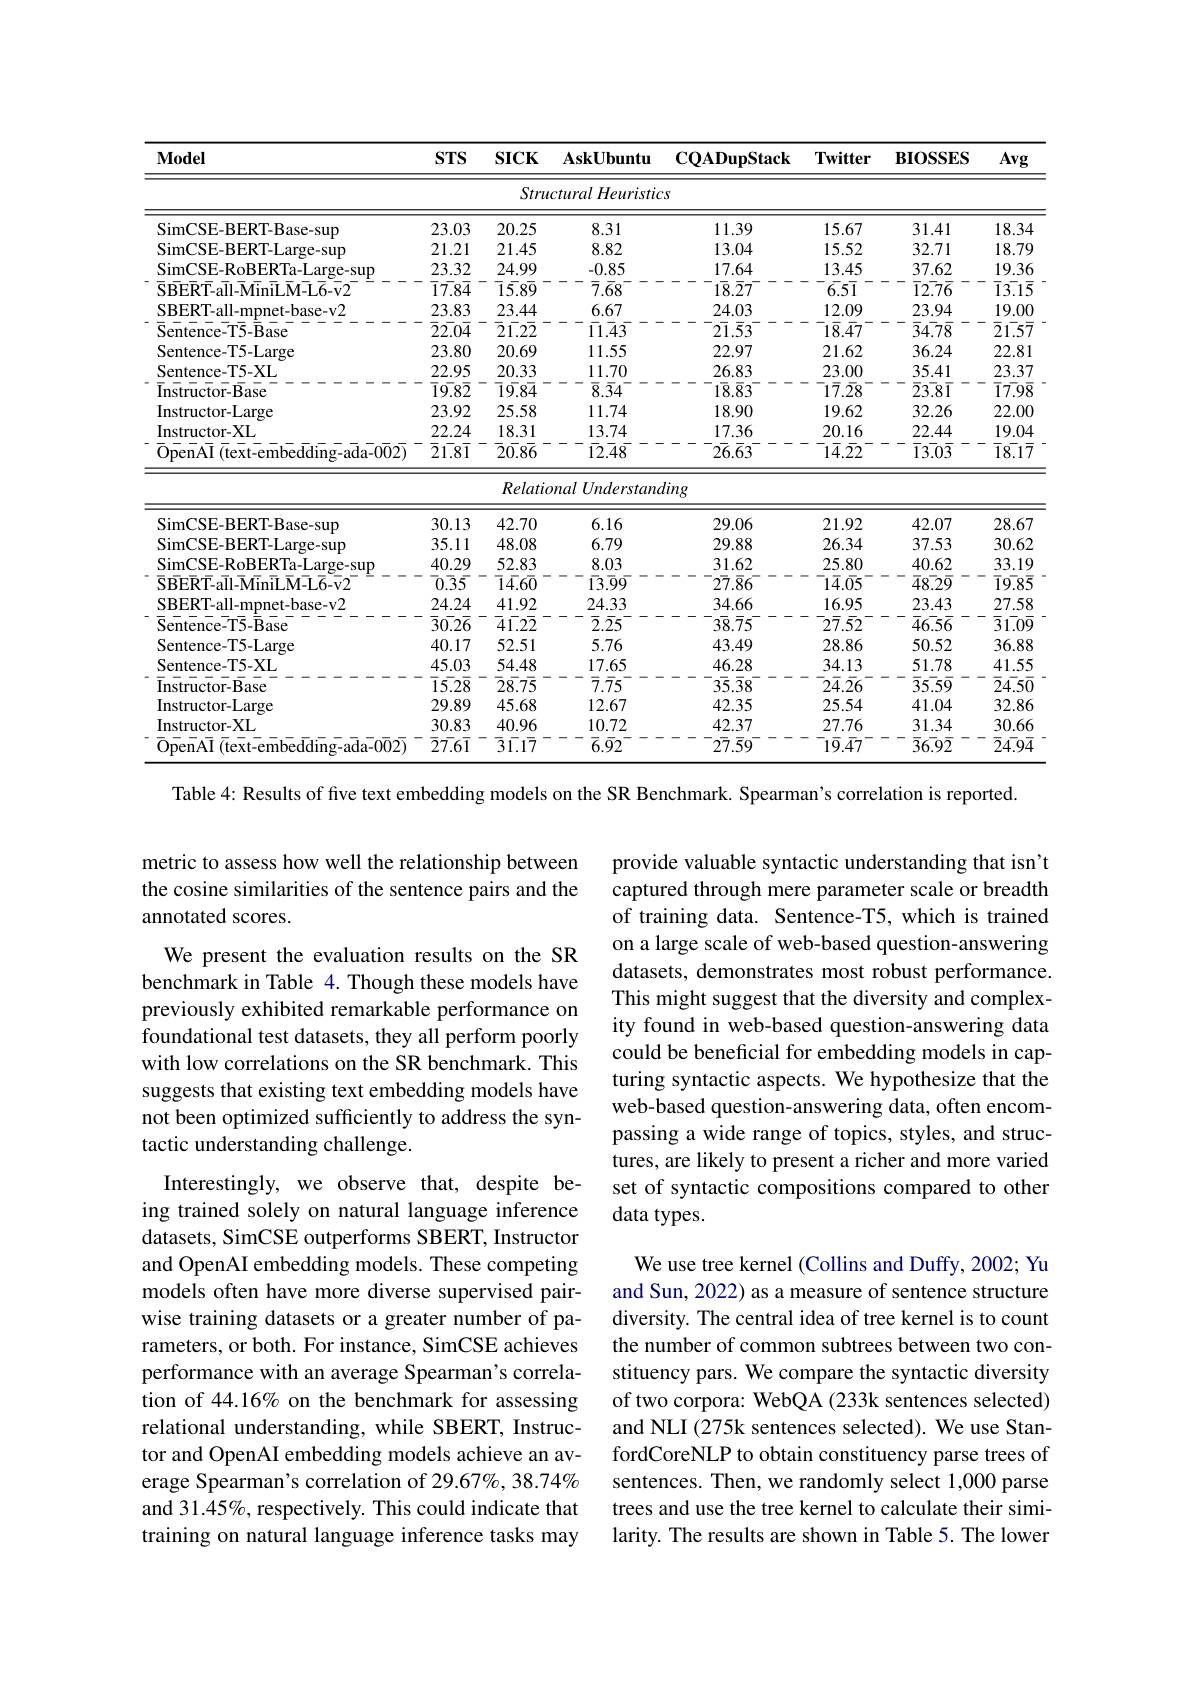
<table>
	<tbody>
		<tr>
			<th>$\mathbf{Model}$</th>
			<th>$STS$</th>
			<th>$SICK$</th>
			<th>$\mathbf{AskUbuntu}$</th>
			<th>$\mathbf{CQADupStack}$</th>
			<th>$\mathbf{Twitter}$</th>
			<th>$\mathbf{BIOSSES}$</th>
			<th>Avg</th>
		</tr>
		<tr>
			<td> </td>
			<td> </td>
			<td>Stru</td>
			<td>cturalHeuristic</td>
			<td>$S$</td>
			<td> </td>
			<td> </td>
			<td> </td>
		</tr>
		<tr>
			<td>SimCSE-BERT-Base-sup</td>
			<td>23.03</td>
			<td>20.25</td>
			<td>8.31</td>
			<td>11.39</td>
			<td>15.67</td>
			<td>31.41</td>
			<td>18.34</td>
		</tr>
		<tr>
			<td>SimCSE-BERT-Large-sup</td>
			<td>21.21</td>
			<td>21.45</td>
			<td>8.82</td>
			<td>13.04</td>
			<td>15.52</td>
			<td>32.71</td>
			<td>18.79</td>
		</tr>
		<tr>
			<td>SimCSE-RoBERTa-Large-sup</td>
			<td>23.32</td>
			<td>24.99</td>
			<td>-0.85</td>
			<td>17.64</td>
			<td>13.45</td>
			<td>37.62</td>
			<td>19.36</td>
		</tr>
		<tr>
			<td>$\bar{\mathrm{S}}\bar{\mathrm{BER}}\bar{\mathrm{T-all-MiniL}}\bar{\mathrm{M-L}}\bar{\mathrm{6-v2}}$</td>
			<td>$\bar{17}\bar{84}$</td>
			<td>$\bar{1}\bar{5}.8\overline{9}$</td>
			<td>$\bar{7}.\bar{6}8$</td>
			<td>$1\overline{8}.\overline{2}7$</td>
			<td>$\bar{6.51}$</td>
			<td>$\bar{1}2\bar{7}\bar{6}$</td>
			<td>$\bar{1}\bar{3.15}$</td>
		</tr>
		<tr>
			<td>SBERT-all-mpnet-base-v2</td>
			<td>23.83</td>
			<td>23.44</td>
			<td>6.67</td>
			<td>24.03</td>
			<td>12.09</td>
			<td>23.94</td>
			<td>19.00</td>
		</tr>
		<tr>
			<td>$\bar{\mathrm{Sentence-T5-\bar{B}ase}}$</td>
			<td>$\bar{2}\bar{2}\bar{.04}$</td>
			<td>$\bar{2}\bar{1}.2\bar{2}$</td>
			<td>$\bar{11}.\bar{4}\bar{3}$</td>
			<td>$2\overline{1}.\overline{5}\bar{3}$</td>
			<td>$1\bar{8}.\bar{4}7$</td>
			<td>$\bar{3}4.\bar{78}$</td>
			<td>$\bar{2}\bar{1.57}$</td>
		</tr>
		<tr>
			<td>Sentence- T5- Large</td>
			<td>23.80</td>
			<td>20.69</td>
			<td>11.55</td>
			<td>22.97</td>
			<td>21.62</td>
			<td>36.24</td>
			<td>22.81</td>
		</tr>
		<tr>
			<td>Sentence-T5-XL</td>
			<td>22.95</td>
			<td>20.33</td>
			<td>11.70</td>
			<td>26.83</td>
			<td>23.00</td>
			<td>35.41</td>
			<td>23.37</td>
		</tr>
		<tr>
			<td>$\bar{\mathrm{In}}\bar{\mathrm{structor-Base}}$</td>
			<td>$\bar{19}\bar{82}$</td>
			<td>$\bar{1}\bar{9}.8\overline{4}$</td>
			<td>$\overline{8}.\overline{3}4$</td>
			<td>$1\overline{8}.\overline{8}\bar{3}$</td>
			<td>$1\bar{7}.\bar{2}8$</td>
			<td>$\bar{2}\bar{3.8}\bar{1}$</td>
			<td>$\bar{17}\bar{98}$</td>
		</tr>
		<tr>
			<td>Instructor-Large</td>
			<td>23.92</td>
			<td>25.58</td>
			<td>11.74</td>
			<td>18.90</td>
			<td>19.62</td>
			<td>32.26</td>
			<td>22.00</td>
		</tr>
		<tr>
			<td>Instructor-XL</td>
			<td>22.24</td>
			<td>18.31</td>
			<td>13.74</td>
			<td>17.36</td>
			<td>20.16</td>
			<td>22.44</td>
			<td>19.04</td>
		</tr>
		<tr>
			<td>$\bar{\mathrm{\bar{O}penA\bar{I}}}\left(\bar{\mathrm{text-embed\bar{d}i\bar{n}g-a\overline{d}a-0\bar{0}}2}\right)$</td>
			<td>$\bar{2}\bar{1.81}$</td>
			<td>$\bar{2}\bar{0}.8\bar{6}$</td>
			<td>$1\overline{2}.\overline{4}\bar{8}$</td>
			<td>$2\bar{6}.\bar{6}\bar{3}^-$</td>
			<td>$\bar{14}.\bar{2}2$</td>
			<td>$\overline{1}\bar{3}\bar{0}\bar{3}$</td>
			<td>$\bar{1}\bar{8}.1\bar{7}$</td>
		</tr>
		<tr>
			<td> </td>
			<td> </td>
			<td>Relatia</td>
			<td>nalUnderstana</td>
			<td>'ing</td>
			<td> </td>
			<td> </td>
			<td> </td>
		</tr>
		<tr>
			<td>SimCSE-BERT-Base-sup</td>
			<td>30.13</td>
			<td>42.70</td>
			<td>6.16</td>
			<td>29.06</td>
			<td>21.92</td>
			<td>42.07</td>
			<td>28.67</td>
		</tr>
		<tr>
			<td>SimCSE- BERT- Large- sup</td>
			<td>35.11</td>
			<td>48.08</td>
			<td>6.79</td>
			<td>29.88</td>
			<td>26.34</td>
			<td>37.53</td>
			<td>30.62</td>
		</tr>
		<tr>
			<td>SimCSE-RoBERTa-Large-sup</td>
			<td>40.29</td>
			<td>52.83</td>
			<td>8.03</td>
			<td>31.62</td>
			<td>25.80</td>
			<td>40.62</td>
			<td>33.19</td>
		</tr>
		<tr>
			<td>$\overline{\mathrm{SBERT-all-MiniLM-L6-v2}}$</td>
			<td>$\bar{0}.\bar{3}\bar{5}$</td>
			<td>$\overline{1}\bar{4}.6\overline{0}$</td>
			<td>$\bar{1}\bar{3}.\bar{9}\bar{9}$</td>
			<td>$2\overline{7}.\bar{8}6$</td>
			<td>$1\bar{4}.05$</td>
			<td>$\bar{4}8.2\bar{9}$</td>
			<td>$\bar{19}\bar{85}$</td>
		</tr>
		<tr>
			<td>SBERT- all- mpnet- base- v2</td>
			<td>24.24</td>
			<td>41.92</td>
			<td>24.33</td>
			<td>34.66</td>
			<td>16.95</td>
			<td>23.43</td>
			<td>27.58</td>
		</tr>
		<tr>
			<td>$\bar{\mathrm{Sentence-T5-\bar{B}ase}}$</td>
			<td>$\bar{3}\bar{0.26}$</td>
			<td>$\bar{4}\bar{1}.2\bar{2}$</td>
			<td>$\bar{2}.\bar{2}5$ $\therefore$ </td>
			<td>$3\overline{8}.\overline{7}5$</td>
			<td>$\bar{2}\bar{7}.\bar{5}2$</td>
			<td>$\bar{4}6.5\bar{6}$</td>
			<td>$\bar{3}\bar{1.09}$</td>
		</tr>
		<tr>
			<td>Sentence- T5- Large</td>
			<td>40.17</td>
			<td>52.51</td>
			<td>5.76</td>
			<td>43.49</td>
			<td>28.86</td>
			<td>50.52</td>
			<td>36.88</td>
		</tr>
		<tr>
			<td>Sentence-T5-XL</td>
			<td>45.03</td>
			<td>54.48</td>
			<td>17.65</td>
			<td>46.28</td>
			<td>34.13</td>
			<td>51.78</td>
			<td>41.55</td>
		</tr>
		<tr>
			<td>$\overline{\mathrm{Instructor-Base}}$</td>
			<td>$\bar{1}\bar{5.28}$</td>
			<td>$\overline{2}\bar{8}.7\overline{5}$</td>
			<td>$\bar{7}.\bar{7}5$ $\begin{array}{cc}{1}\\{1}\end{array}$</td>
			<td>$35.\overline{3}8$</td>
			<td>$\bar{2}\bar{4}.\bar{2}6$</td>
			<td>$\overline{3}5.5\overline{9}$</td>
			<td>$\bar{2}4.5\overline{0}$</td>
		</tr>
		<tr>
			<td>Instructor-Large</td>
			<td>29.89</td>
			<td>45.68</td>
			<td>12.67</td>
			<td>42.35</td>
			<td>25.54</td>
			<td>41.04</td>
			<td>32.86</td>
		</tr>
		<tr>
			<td>Instructor-XL</td>
			<td>30.83</td>
			<td>40.96</td>
			<td>10.72</td>
			<td>42.37</td>
			<td>27.76</td>
			<td>31.34</td>
			<td>30.66</td>
		</tr>
		<tr>
			<td>$\overline{\mathrm{OpenAI}}$ $\bar{(}\bar{\text{text-embedding-ada-002)}}$ </td>
			<td>$\bar{27}\bar{.}6\bar{1}$</td>
			<td>$\bar{3}\bar{1}.1\bar{7}$</td>
			<td>$\bar{6}.\bar{9}2$</td>
			<td>$2\overline{7}.\overline{5}9^{-}$</td>
			<td>$1\bar{9}.47$</td>
			<td>$\bar{3}6\bar{9}\bar{2}$</td>
			<td>$\bar{2}4.9\overline{4}$</td>
		</tr>
	</tbody>
</table>
Table 4: Results of five text embedding models on the SR Benchmark. Spearman's correlation is reported.

metric to assess how well the relationship between the cosine similarities of the sentence pairs and the annotated scores.
We present the evaluation results on the SR benchmark in Table 4. Though these models have previously exhibited remarkable performance on foundational test datasets, they all perform poorly with low correlations on the SR benchmark. This suggests that existing text embedding models have not been optimized sufficiently to address the syntactic understanding challenge.
Interestingly, we observe that, despite being trained solely on natural language inference datasets, SimCSE outperforms SBERT, Instructor and OpenAI embedding models. These competing models often have more diverse supervised pairwise training datasets or a greater number of parameters, or both. For instance, SimCSE achieves performance with an average Spearman's correlation of 44.16% on the benchmark for assessing relational understanding, while SBERT, Instructor and OpenAI embedding models achieve an average Spearman's correlation of 29.67%, 38.74% and 31.45%, respectively. This could indicate that training on natural language inference tasks may

provide valuable syntactic understanding that isn't captured through mere parameter scale or breadth of training data. Sentence-T5, which is trained on a large scale of web-based question-answering datasets, demonstrates most robust performance. This might suggest that the diversity and complexity found in web-based question-answering data could be beneficial for embedding models in capturing syntactic aspects. We hypothesize that the web-based question-answering data, often encompassing a wide range of topics, styles, and structures, are likely to present a richer and more varied set of syntactic compositions compared to other data types.

We use tree kernel (Collins and Duffy, 2002; Yu and Sun, 2022) as a measure of sentence structure diversity. The central idea of tree kernel is to count the number of common subtrees between two constituency pars. We compare the syntactic diversity of two corpora: WebQA (233k sentences selected) and NLI (275k sentences selected). We use StanfordCoreNLP to obtain constituency parse trees of sentences. Then, we randomly select 1,000 parse trees and use the tree kernel to calculate their similarity. The results are shown in Table 5. The lower